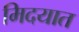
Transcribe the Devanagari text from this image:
मिदयात